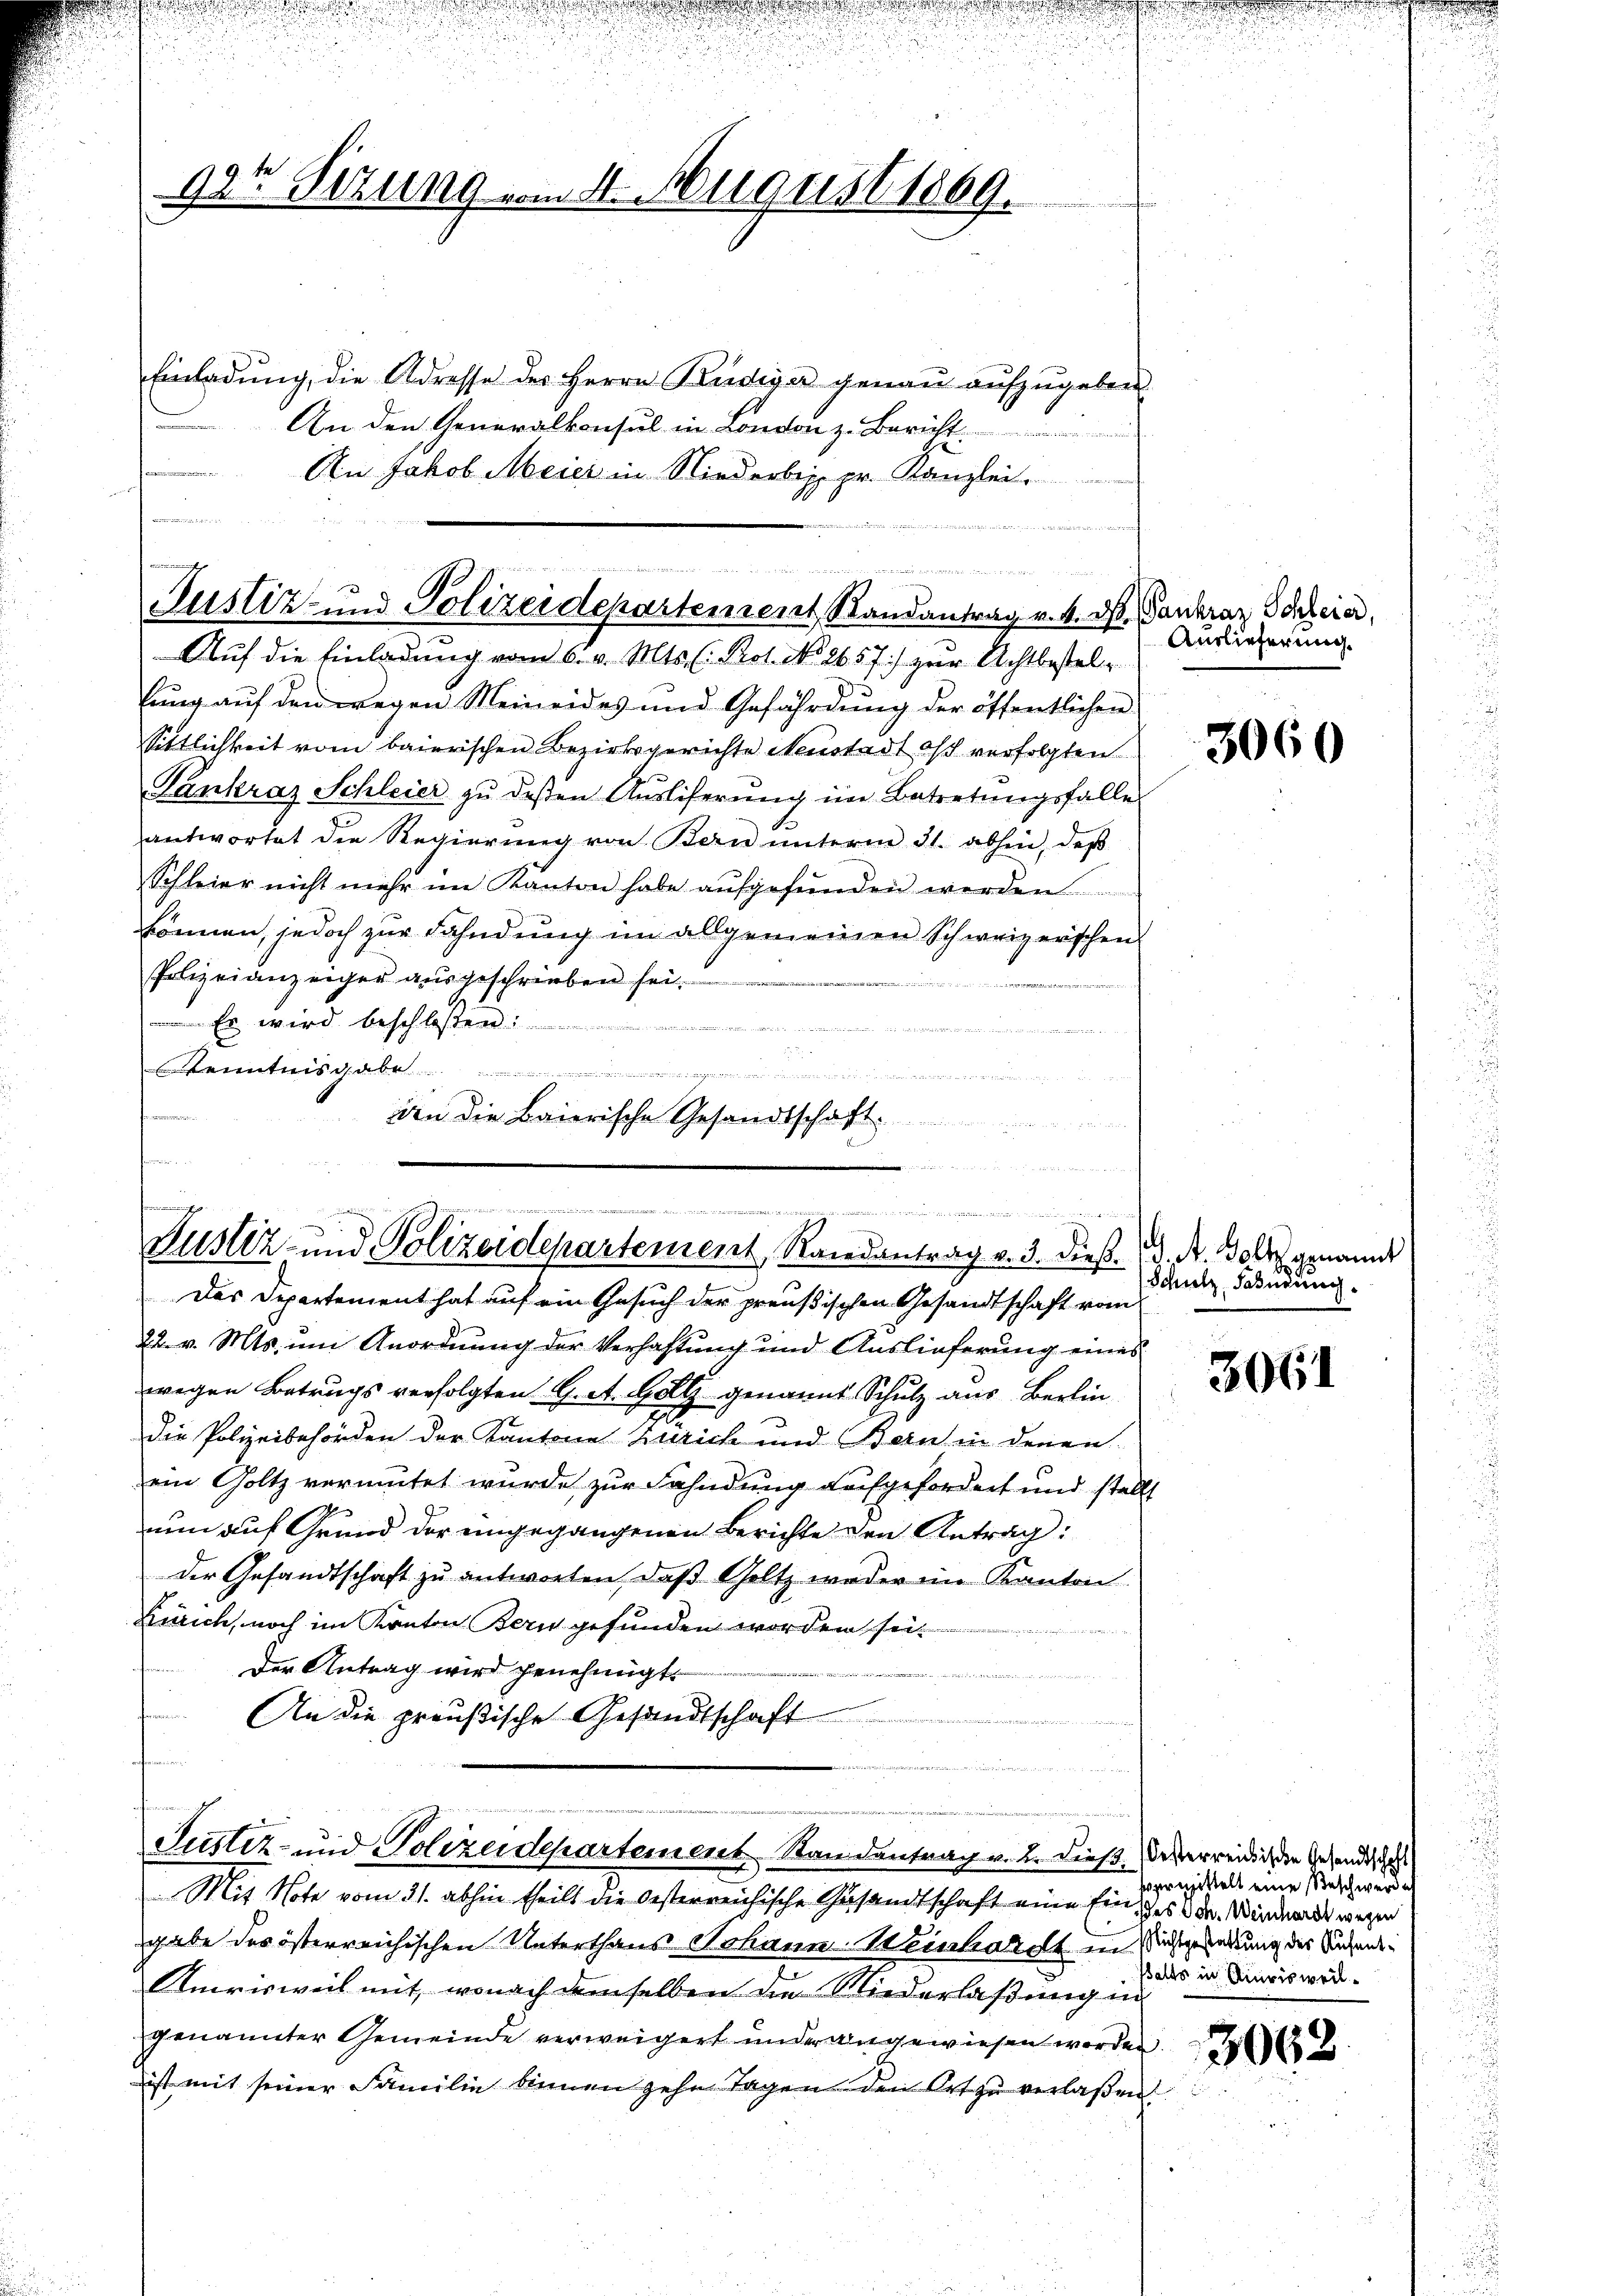
92t Sizung vom St. August 1869.

Einladŭng, die Adresse der Herrn Budiger genaŭ aŭfzŭgeben
An den Generalkonsul in London z. Bericht.
An Jakob Meier in Niederbis pr. Kanzlei.

t
n
a
Justiz- und Polizeidepartement Randantrag v. 4. ds. Gankraz Schein.
Auf die Einladung vom 6. v. Mts. ( Prot. No. 1657.) zur Achtbestel-

lŭng aŭf den wegen Meineides und Gefährdŭng der öffentlichen
Sittlichkeit vom baierischen Bezirksgerichte Neustadt oft verfolgten
Pankraz Schleier zŭ dessen Ausliferŭng im Betretungsfalle
antwortet die Regierŭng von Bern ŭnterm 31. abhin, daβ
Schleier nicht mehr im Kanton habe aŭfgefŭnden werden
können, jedoch zur Fahndung im allgemeinen Schweizerischen
Polizeianzeiger ausgeschrieben sei.
 Es wird beschlossen.
enntnis . . .
semen
den die Baierische Gesandtschaft.
u

ödie
m
Gustiz und Polizeidepartement Randantrag v. 3. dieß. d. A. Bolt genannt

Das Departement hat auf ein Gesuch der preußischen Gesandtschaft vom
22. v. Mts. um Anordnung der Verhaftung und Auslieferung eines
wegen Betrugs verfolgten G. A. Goll genannt Schulz aus Berlin
die Polizeibehörden der Kantone Zürich und Bern in denen
ein Goltz vermutet wurde zur Fahndung aufgefordert und stellt
nun auf Grund der eingegangenen Berichte den Antrag:
der Gesandtschaft zu antworten, daß Geltz weder im Kanton
Zürich, noch im Kanton Bern gefunden worden sei.
Der Antrag wird genehmigt.
An die preußische Gesandtschaft

Justiz- und Polizeidepartement Standentrag v. 2. dieß desserreidigen Gesandtschaft
Mit Note vom 31. abhin theilt die Oesterreichische Gesandtschaft eine Ein des Dr. Windernde wegen
gabe des österreichischen Unterthans Johann Weinhardt in Richtgesetzung des Rechen¬
Amrisweil mit, wonach demselben die Niederlaßung na
genannter Gemeinde verweigert under angewiesen worden.
ist mit seiner Familie binnen zehn Tagen den Ort zu verlaßen.

Auslieferung.

3060

Schulz, Sahndung

3061

sprmittelt eine Beschwerde
walts in Murisweil¬

3062